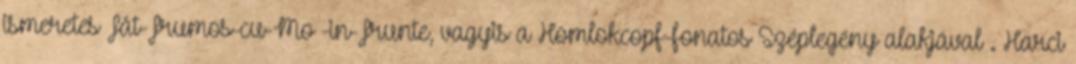
ismeretes Făt-Frumos-cu-Moț-în-Frunte, vagyis a Homlokcopf-fonatos Széplegény alakjával . Harci